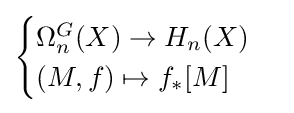
{\begin{cases}\Omega _{n}^{G}(X)\to H_{n}(X)\\(M,f)\mapsto f_{*}[M]\end{cases}}